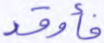
فأوقد